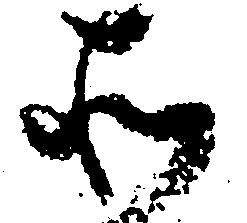
そ